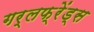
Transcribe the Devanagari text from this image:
गर्लफ्रेंड्स